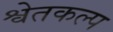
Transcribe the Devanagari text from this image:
श्वेतकल्प